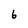
Character: 6